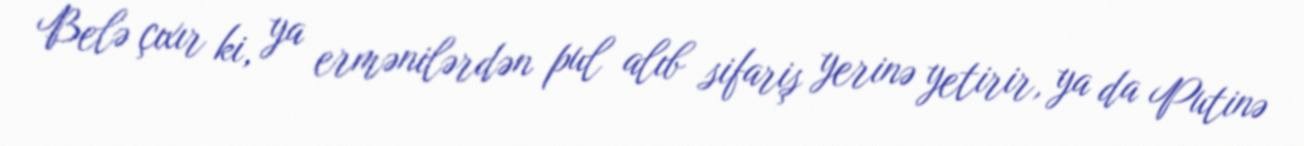
Belə çıxır ki, ya ermənilərdən pul alıb sifariş yerinə yetirir, ya da Putinə